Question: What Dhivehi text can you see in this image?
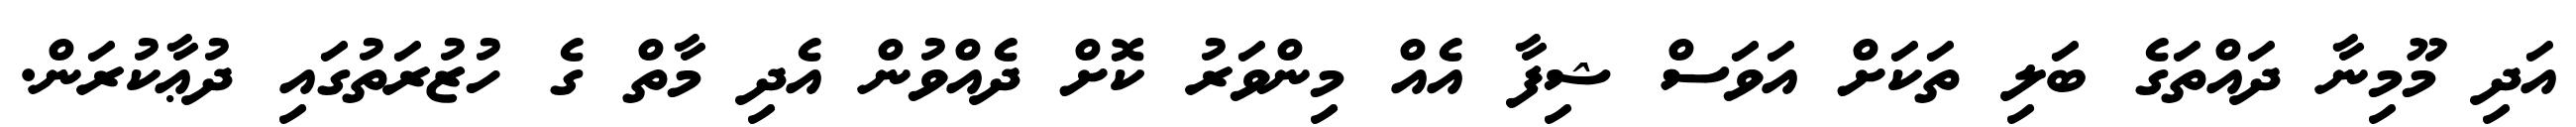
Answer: އަދި މޫމިނާ ދައްތަގެ ބަލި ތަކަށް އަވަސް ޝިފާ އެއް މިންވަރު ކޮށް ދެއްވުން އެދި މާތް ގެ ހުޒުރަތުގައި ދުޢާކުރަން.